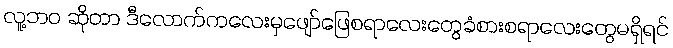
လူ့ဘဝ ဆိုတာ ဒီလောက်ကလေးမှဖျော်ဖြေစရာလေးတွေခံစားစရာလေးတွေမရှိရင်